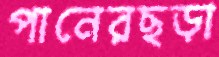
পানেরছড়া